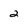
Character: 2